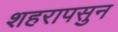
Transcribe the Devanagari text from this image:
शहरापसुन